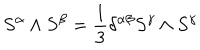
S ^ { \alpha } \wedge S ^ { \beta } = \frac 1 3 \delta ^ { \alpha \beta } S ^ { \gamma } \wedge S ^ { \gamma } \label G